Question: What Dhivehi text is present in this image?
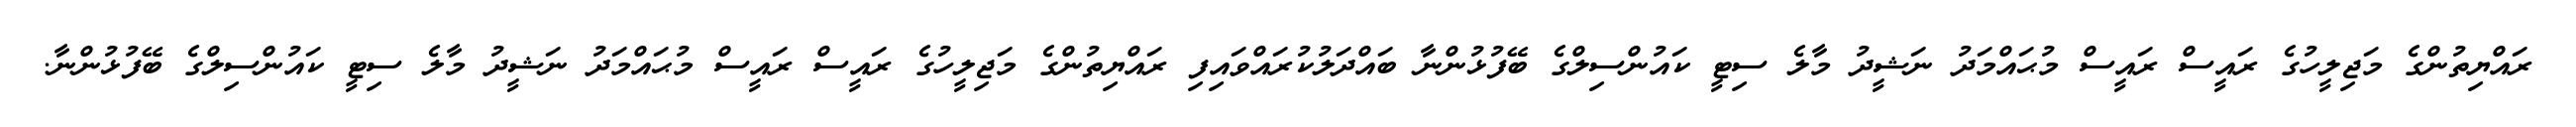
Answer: ރައްޔިތުންގެ މަޖިލީހުގެ ރައީސް ރައީސް މުޙައްމަދު ނަޝީދު މާލެ ސިޓީ ކައުންސިލްގެ ބޭފުޅުންނާ ބައްދަލުކުރައްވައިފި ރައްޔިތުންގެ މަޖިލީހުގެ ރައީސް ރައީސް މުޙައްމަދު ނަޝީދު މާލެ ސިޓީ ކައުންސިލްގެ ބޭފުޅުންނާ.